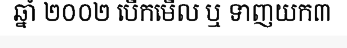
ឆ្នាំ ២០០២ បើកមើល ឬ ទាញយក៣